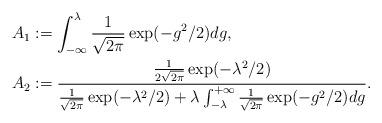
LaTeX: \begin{align*}\begin{aligned}A_1&:=\int_{-\infty}^{\lambda}\frac{1}{\sqrt{2\pi}}\exp(-g^2/2)dg,\\A_2&:=\frac{\frac{1}{2\sqrt{2\pi}}\exp(-\lambda^2/2)}{\frac{1}{\sqrt{2\pi}}\exp(-\lambda^2/2)+\lambda\int_{-\lambda}^{+\infty}\frac{1}{\sqrt{2\pi}}\exp(-g^2/2)dg}.\end{aligned}\end{align*}